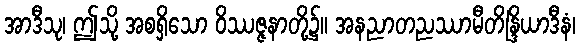
အာဒီသု၊ ဤသို့ အစရှိသော ဝိဿဇ္ဇနာတို့၌။ အနညာတညဿာမီတိန္ဒြိယာဒီနံ၊